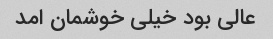
عالی بود خیلی خوشمان امد